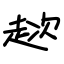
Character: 趑